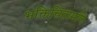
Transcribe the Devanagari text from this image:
भक्तिचिंतामणि